Civil Veterinary Dept. Assam report 1911-1927 - 1911-1927
Year: 1911
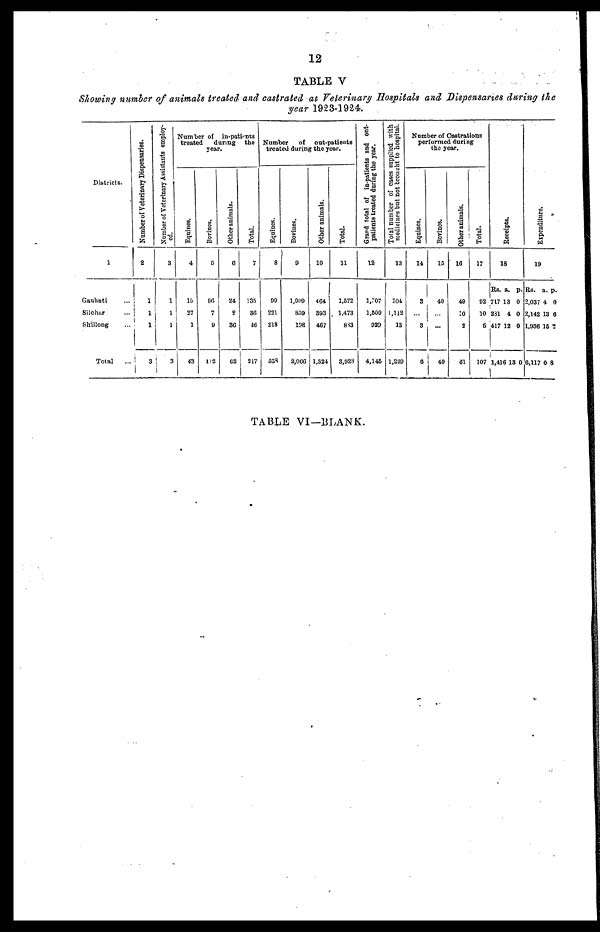
12
TABLE V
Showing number of animals treated and castrated at. Veterinary Hospitals and Dispensaries during the
year 1923-1924.
Districts.
1
Gauhati
...
Silchar
...
Shillong
...
Total
...
Number of Veterinary Dispensaries.
2
1
1
1
3
Number of Veterinary Assistants employ-
ed.
3
1
1
1
3
Number of
in-patients
treated
during
the
year.
Equines.
4
15
27
1
43
Bovines.
5
an
7
9
112
Other animals.
6
24
2
36
62
Total.
7
135
36
...
217
Number
of
out-patients
treated during the year.
Equines.
8
90
221
218
538
Bovines.
9
1,009
859
108
2,066
Other animals.
10
464
393
467
1,824
Total.
11
1,672
1,473
843
3,923
Grand
total of in-patients and out-
patients treated during the year.
12
1,707
1,609
929
4,145
Total number of cases supplied with
medicines but not brought to hospital.
13
101
1,112
13
1,220
Number of Castrations
performed during
the year.
Equines.
14
3
...
3
6
Bovines.
15
40
...
...
40
Other animals.
16
49
10
2
61
Total.
17
92
10
6
107
Recei pt s .
18
Rs.
717
281
417
1,416
a.
13
4
12
13
p.
0
0
0
0
Expenditure.
19
Rs.
2,037
2,142
1,936
6,117
a.
4
13
15
0
p.
0
6
2
8
TABLE VI—BLANK.